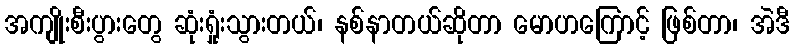
အကျိုးစီးပွားတွေ ဆုံးရှုံးသွားတယ်၊ နစ်နာတယ်ဆိုတာ မောဟကြောင့် ဖြစ်တာ၊ အဲဒီ